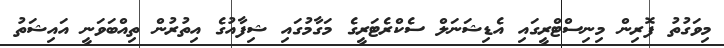
މިވަގުތު ފޮރިން މިނިސްޓްރީގައި އެޑިޝަނަލް ސެކްރެޓަރީގެ މަގާމުގައި ޝިފާއުގެ އިތުރުން ތިއްބަވަނީ އައިޝަތު